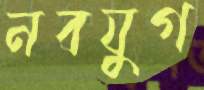
নবযুগ